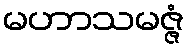
မဟာသမဇ္ဇံ